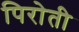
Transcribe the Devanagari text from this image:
पिरोती